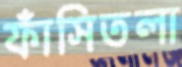
ফাঁসিতলা